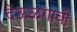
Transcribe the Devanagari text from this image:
देऊळगावी